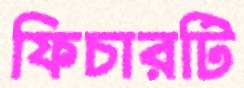
ফিচারটি